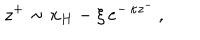
\: z ^ { + } \sim x _ { H } - \xi \, e ^ { - \, \kappa z ^ { - } } \, , \: